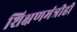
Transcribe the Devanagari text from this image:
शिक्षणमंत्रीही